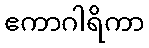
ဧကာဂါရိကာ